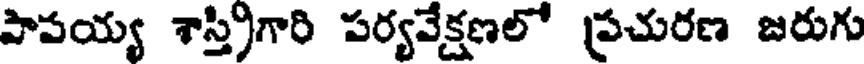
పాపయ్య శాస్త్రిగారి పర్యవేక్షణలో ప్రచురణ జరుగు